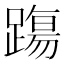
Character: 𨄆